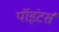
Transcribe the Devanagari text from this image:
पॉइंटर्स